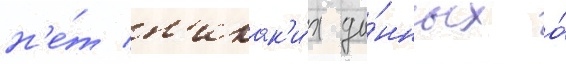
н'е́т н'икак'и́х да́нных о́